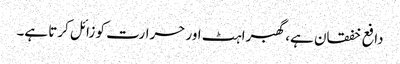
دافع خفقان ہے، گھبراہٹ اور حرارت کو زائل کرتا ہے۔